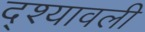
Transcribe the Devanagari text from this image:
द्श्यावली